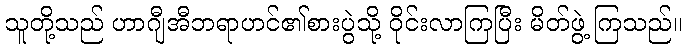
သူတို့သည် ဟာဂျီအီဘရာဟင်၏စားပွဲသို့ ဝိုင်းလာကြပြီး မိတ်ဖွဲ့ ကြသည်။